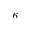
\kappa